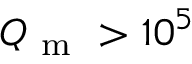
Q _ { \mathrm { ~ m ~ } } > 1 0 ^ { 5 }